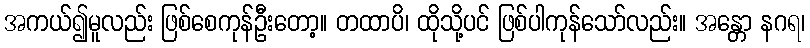
အကယ်၍မူလည်း ဖြစ်စေကုန်ဦးတော့။ တထာပိ၊ ထိုသို့ပင် ဖြစ်ပါကုန်သော်လည်း။ အန္တော နဂရ၊